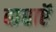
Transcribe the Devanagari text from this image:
बाधाऍं